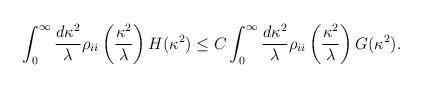
LaTeX: \begin{align*}\int_0 ^\infty \frac{d \kappa^2}{\lambda} \rho_{ii}\left( \frac{\kappa^2}{\lambda} \right)H(\kappa^2) \leq C \int_0 ^\infty \frac{d\kappa^2}{\lambda} \rho_{ii}\left(\frac{\kappa^2}{\lambda}\right) G(\kappa^2).\end{align*}